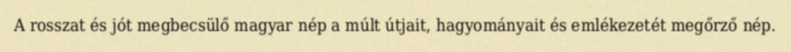
A rosszat és jót megbecsülő magyar nép a múlt útjait, hagyományait és emlékezetét megőrző nép.